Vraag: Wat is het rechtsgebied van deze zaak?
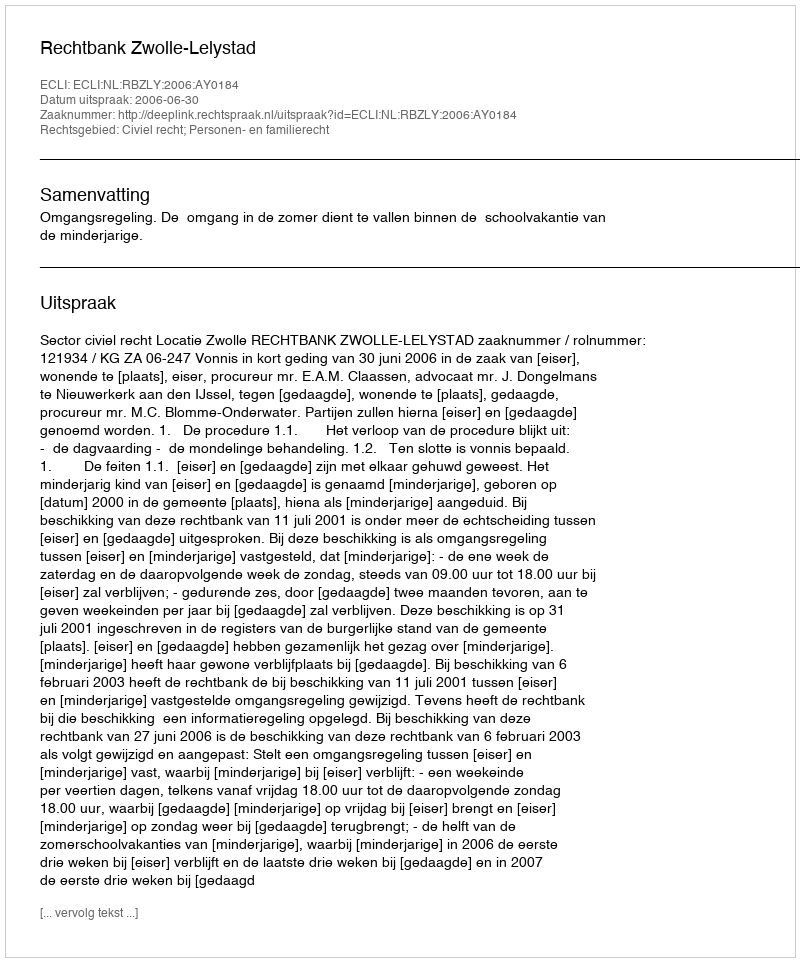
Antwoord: Civiel recht; Personen- en familierecht